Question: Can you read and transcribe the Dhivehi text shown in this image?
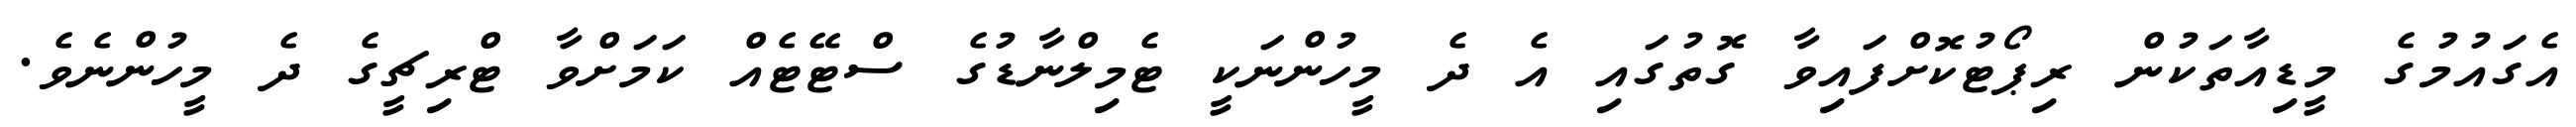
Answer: އެގައުމުގެ މީޑިއާތަކުން ރިޕޯޓުކޮށްފައިވާ ގޮތުގައި އެ ދެ މީހުންނަކީ ޓެމިލްނާޑުގެ ސްޓޭޓެއް ކަމަށްވާ ޓްރިޗީގެ ދެ މީހުންނެވެ.